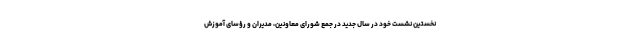
نخستین نشست خود در سال جدید در جمع شورای معاونین، مدیران و رؤسای آموزش